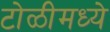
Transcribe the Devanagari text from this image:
टोळीमध्ये